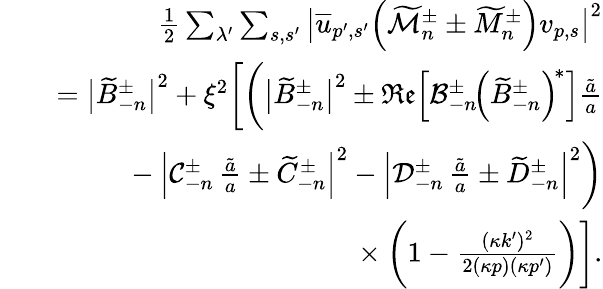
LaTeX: \begin{array}{rlr}&{}&{\frac{1}{2}\sum_{\lambda^{\prime}}\sum_{s,s^{\prime}}\big\lvert\overline{{u}}_{p^{\prime},s^{\prime}}\Big(\widetilde{\mathcal{M}}_{n}^{\pm}\pm\widetilde{M}_{n}^{\pm}\Big)v_{p,s}\big\rvert^{2}}\\ &{}&{=\big\lvert\widetilde{B}_{-n}^{\pm}\big\rvert^{2}+\xi^{2}\bigg[\bigg(\big\lvert\widetilde{B}_{-n}^{\pm}\big\rvert^{2}\pm\mathfrak{Re}\! \left[\mathcal{B}_{-n}^{\pm}\! \left(\widetilde{B}_{-n}^{\pm}\right)^{\! \ast}\right]\frac{\tilde{a}}{a}}\\ &{}&{\ \ -\Big\lvert\mathcal{C}_{-n}^{\pm}\, \frac{\tilde{a}}{a}\pm\widetilde{C}_{-n}^{\pm}\Big\rvert^{2}-\Big\lvert\mathcal{D}_{-n}^{\pm}\, \frac{\tilde{a}}{a}\pm\widetilde{D}_{-n}^{\pm}\Big\rvert^{2}\bigg)}\\ &{}&{\ \ \times\bigg(1-\frac{(\kappa k^{\prime})^{2}}{2(\kappa p)(\kappa p^{\prime})}\bigg)\bigg].}\end{array}